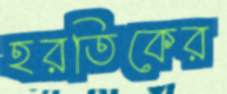
হরতিকের